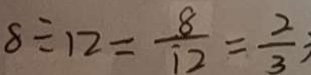
8 \div 1 2 = \frac { 8 } { 1 2 } = \frac { 2 } { 3 }